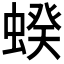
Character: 𧍜